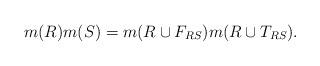
LaTeX: \begin{align*} m(R)m(S) = m(R \cup F_{RS} ) m(R \cup T_{RS} ). \end{align*}